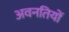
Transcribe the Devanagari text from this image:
अवनतियों